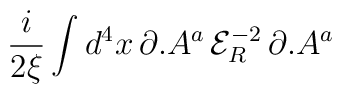
\frac{i}{2\xi }\int d^{4}x\, \partial .A^{a}\, {\mathcal{E}}_{R}^{-2}\, \partial .A^{a}